Civil Veterinary Dept. Bombay admin report 1893-99 - 1893-1899
Year: 1893
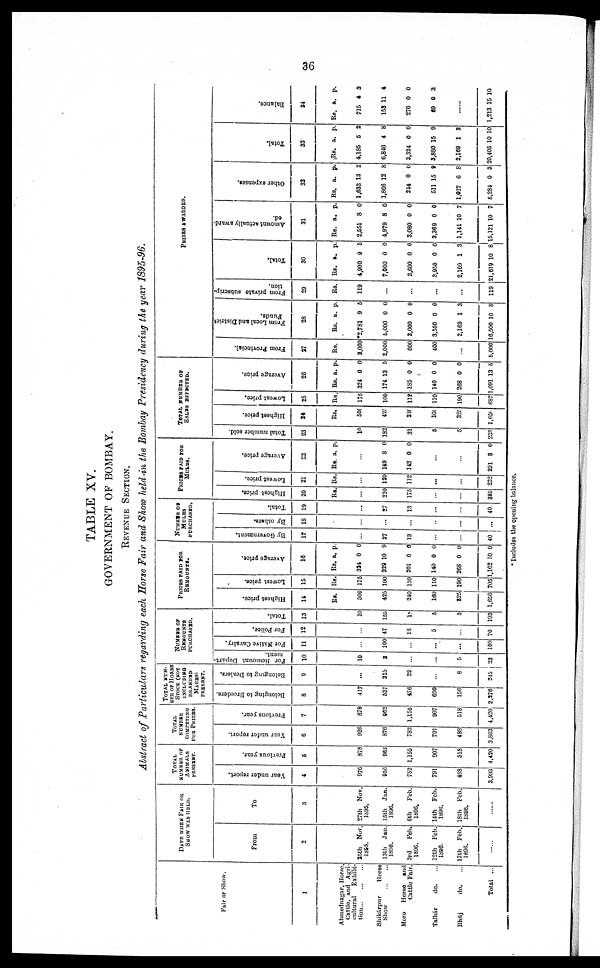
36
TABLE XV.
GOVERNMENT OF BOMBAY.
REVENUE SECTION.
Abstract of Particulars regarding each Horse Fair and Show held in the Bombay Presidency during the year 1895-96.
Fair or Show.
1
Ahmednagar, Horse,
Cattle, and Agri-
cultural Exhibi¬
tion
...
...
...
Shikárpur
Horse
Show
...
...
Moro
Horse
and
Cattle Fair.
Talhár
do. ...
Bháj
do. ...
Total ...
DATE WHEN FAIR OR
SHOW WAS HELD.
From
2
25th Nov.
1895.
13th
Jan.
1896.
3rd
Feb.
1896.
12th Feb.
1896.
17th Feb.
1896.
......
To
3
27th Nov.
1895.
15th Jan.
1896.
5th
Feb.
1896.
14th Feb.
1896.
18th Feb.
1896.
TOTAL
NUMBER OF
ANIMALS
PRESENT.
Year under report.
4
976
956
782
791
488
3,993
Previous year.
5
878
962
1,155
907
518
4,420
TOTAL
NUMBER
COMPETING
FOR
PRIZES.
Year
under report.
6
926
876
782
791
488
3,863
Previous year.
7
878
962
1,155
907
518
4,420
TOTAL NUM¬
BER OF HORSE
STOCK (NOT
INCLUDING
BRANDED
MARES)
PRESENT.
Belonging to Breeders.
8
417
537
476
690
156
2,276
Belonging to Dealers.
9
...
215
22
...
8
245
NUMBER OF
REMOUNTS
PURCHASED.
For Remount Depart-
ment.
10
10
3
...
...
5
23
For Native Cavalry.
11
...
100
...
...
...
100
For Police.
12
...
47
18
5
...
70
Total.
13
10
155
19
6
5
193
PRICES PAID FOR
REMOUNTS.
Highest price.
14
Rs.
500
425
240
160
825
1,650
Lowest price.
15
Rs.
175
100
130
110
190
705
Ave r
a ge price.
16
Rs.
324
229
201
140
208
1,162
a.
0
10
0
0
0
10
p.
0
9
0
0
0
9
NUMBER OF
MULES
PURCHASED.
By Government.
17
...
27
13
...
...
40
By others.
18
...
...
...
...
...
...
Total.
19
...
27
13
...
...
40
PRICES PAID FOR
MULES.
Highest price.
20
Rs.
...
210
175
...
...
385
Lowest price.
21
Rs.
...
120
112
...
...
232
Ave r
a ge price.
22
Rs. a. p.
...
149
142
8
0
0
0
...
...
291 8 0
TOTAL NUMBER OF
SALES
EFFECTED.
Total number sold.
23
10
182
31
5
5
233
Highest price.
24
Rs.
506
421
240
160
320
1,650
Lowest price.
25
Rs.
175
100
112
110
190
687
Average price.
26
Rs.
324
174
185
140
268
1,091
a.
0
13
0
0
0
13
p.
0
5
0
0
0
5
PRIZES
AWARDED.
From Provincial.
27
Rs.
2.000
2,000
600
400
...
5,000
Fr om Local and Di st r i
ct
Funds .
28
Rs.
2,781
5,000
3,000
3,550
2,169
16,500
a.
9
0
0
0
1
10
p.
5
0
0
0
3
8
From private subscrip¬
tion.
29
Rs.
119
...
...
...
...
119
Tot al .
30
Rs.
4,900
7,000
3,600
3,950
2,169
21,619
a.
9
0
0
0
1
10
p.
5
0
0
0
3
8
Amo u n t actually award-
ed.
31
Rs.
2,551
4,979
3,080
3,369
1,141
15,121
a.
8
8
0
0
10
10
p.
0
0
0
0
7
7
Ot her expens es .
32
Rs.
1,633
1,866
214
511
1,027
5,284
a.
13
12
0
15
6
0
p.
2
8
0
9
8
3
Tot al .
33
Rs.
4,185
6,846
3,324
3,880
2,169
20,405
a.
5
4
0
15
1
10
p.
2
8
0
9
3
10
Bal ance.
34
Rs.
715
153
276
69
a.
4
11
0
0
p.
3
4
0
3
...
1,213 15 10
*Includes the opening balance.